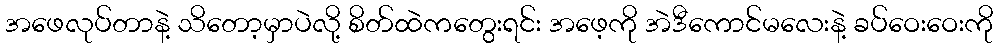
အဖေလုပ်တာနဲ့ သိတော့မှာပဲလို့ စိတ်ထဲကတွေးရင်း အဖေ့ကို အဲဒီကောင်မလေးနဲ့ ခပ်ဝေးဝေးကို